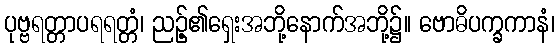
ပုဗ္ဗရတ္တာပရရတ္တံ၊ ညဉ့်၏ရှေးအဘို့နောက်အဘို့၌။ ဗောဓိပက္ခကာနံ၊